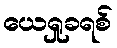
ယေရှုခရစ်